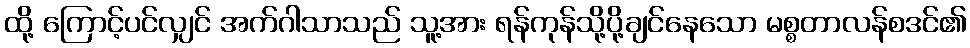
ထို့ ကြောင့်ပင်လျှင် အက်ဂါသာသည် သူ့အား ရန်ကုန်သို့ပို့ချင်နေသော မစ္စတာလန်စဒင်၏